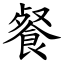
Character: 餐